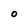
Character: O